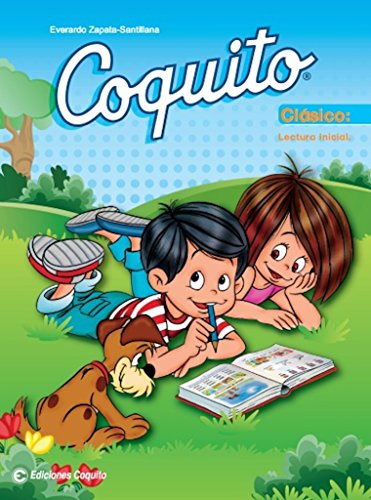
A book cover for Coquito Clasico (2014 Edition) (Spanish Edition); Everardo Zapata-Santillana; Children's Books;